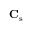
\mathbf { C } _ { \mathrm { s } }